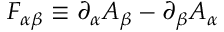
F _ { \alpha \beta } \equiv \partial _ { \alpha } A _ { \beta } - \partial _ { \beta } A _ { \alpha }